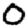
Digit: 0